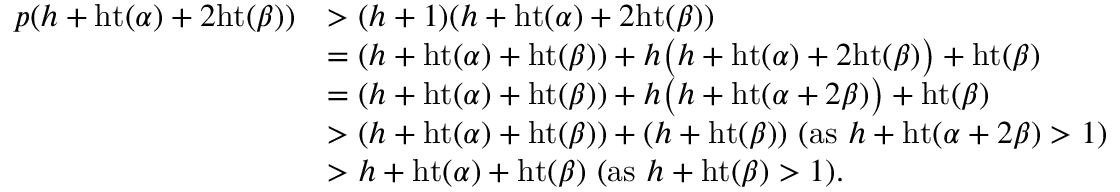
\begin{array} { r l } { p ( h + \mathrm { h t } ( \alpha ) + 2 \mathrm { h t } ( \beta ) ) } & { > ( h + 1 ) ( h + \mathrm { h t } ( \alpha ) + 2 \mathrm { h t } ( \beta ) ) } \\ & { = ( h + \mathrm { h t } ( \alpha ) + \mathrm { h t } ( \beta ) ) + h \big ( h + \mathrm { h t } ( \alpha ) + 2 \mathrm { h t } ( \beta ) \big ) + \mathrm { h t } ( \beta ) } \\ & { = ( h + \mathrm { h t } ( \alpha ) + \mathrm { h t } ( \beta ) ) + h \big ( h + \mathrm { h t } ( \alpha + 2 \beta ) \big ) + \mathrm { h t } ( \beta ) } \\ & { > ( h + \mathrm { h t } ( \alpha ) + \mathrm { h t } ( \beta ) ) + ( h + \mathrm { h t } ( \beta ) ) \mathrm { ~ } ( \mathrm { a s ~ } h + \mathrm { h t } ( \alpha + 2 \beta ) > 1 ) } \\ & { > h + \mathrm { h t } ( \alpha ) + \mathrm { h t } ( \beta ) \mathrm { ~ } ( \mathrm { a s ~ } h + \mathrm { h t } ( \beta ) > 1 ) . } \end{array}